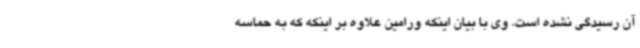
آن رسیدگی نشده است. وی با بیان اینکه ورامین علاوه بر اینکه که به حماسه